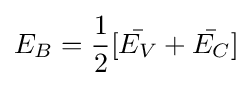
E_{B}={\frac {1}{2}}[{\bar {E_{V}}}+{\bar {E_{C}}}]